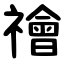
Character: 禬